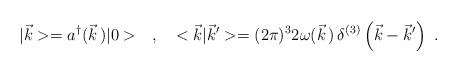
LaTeX: \begin{align*}|\vec{k}>=a^\dagger(\vec{k}\,)|0>\ \ \ ,\ \ \ <\vec{k}|\vec{k}'>=(2\pi)^32\omega(\vec{k}\,)\,\delta^{(3)}\left(\vec{k}-\vec{k}'\right)\ .\end{align*}